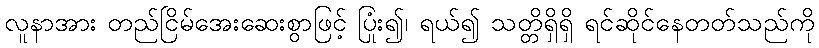
လူနာအား တည်ငြိမ်အေးဆေးစွာဖြင့် ပြုံး၍၊ ရယ်၍ သတ္တိရှိရှိ ရင်ဆိုင်နေတတ်သည်ကို